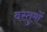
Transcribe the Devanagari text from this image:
वस्तुमों